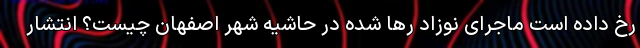
رخ داده است ماجرای نوزاد رها شده در حاشیه شهر اصفهان چیست؟ انتشار